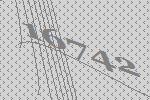
16742